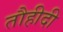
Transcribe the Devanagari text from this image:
तौहीदी